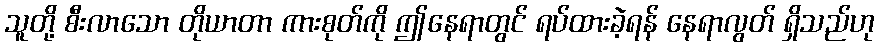
သူတို့ စီးလာသော တိုယာတာ ကားစုတ်ကို ဤနေရာတွင် ရပ်ထားခဲ့ရန် နေရာလွတ် ရှိသည်ဟု